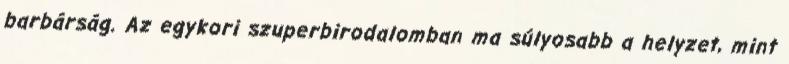
barbárság. Az egykori szuperbirodalomban ma súlyosabb a helyzet, mint